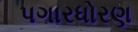
પગારધોરણ